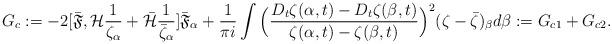
LaTeX: \begin{align*}G_c:=-2[\bar{\mathfrak{F}}, \mathcal{H}\frac{1}{\zeta_{\alpha}}+\bar{\mathcal{H}}\frac{1}{\bar{\zeta}_{\alpha}}]\bar{\mathfrak{F}}_{\alpha}+\frac{1}{\pi i}\int \Big(\frac{D_t\zeta(\alpha,t)-D_t\zeta(\beta,t)}{\zeta(\alpha,t)-\zeta(\beta,t)}\Big)^2(\zeta-\bar{\zeta})_{\beta}d\beta :=G_{c1}+G_{c2}.\end{align*}